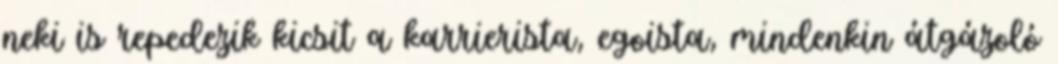
neki is repedezik kicsit a karrierista, egoista, mindenkin átgázoló